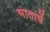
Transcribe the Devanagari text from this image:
भाताचें